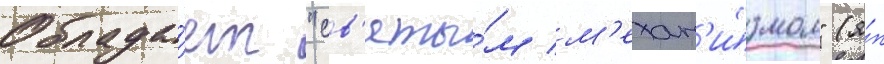
Облада́ет "св'яты́м м'ехан'и́змом" (я́п